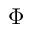
\Phi